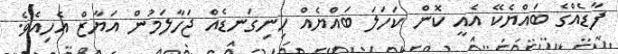
ފާޑެއްގެ ބައްޔެކޭ އެއީ ކޮން ކަހަލަ ބައްޔެއް ހިނިގަނޑެއް ޖަހާލަމުން އަޔާޒް އެހިއެވެ.